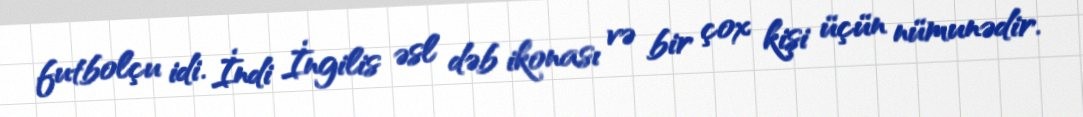
futbolçu idi. İndi İngilis əsl dəb ikonası və bir çox kişi üçün nümunədir.